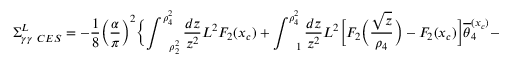
\Sigma _ { \gamma \gamma \ C E S } ^ { L } = - \frac { 1 } { 8 } \biggl ( \frac { \alpha } { \pi } \biggr ) ^ { 2 } \biggl \{ \int _ { \ \ \ \rho _ { 2 } ^ { 2 } } ^ { \rho _ { 4 } ^ { 2 } } \frac { d z } { z ^ { 2 } } L ^ { 2 } F _ { 2 } ( x _ { c } ) + \int _ { \ \ \ 1 } ^ { \rho _ { 4 } ^ { 2 } } \frac { d z } { z ^ { 2 } } L ^ { 2 } \biggl [ F _ { 2 } \biggl ( \frac { \sqrt { z } } { \rho _ { 4 } } \biggr ) - F _ { 2 } ( x _ { c } ) \biggr ] \overline { { \theta } } _ { 4 } ^ { ( x _ { c } ) } -